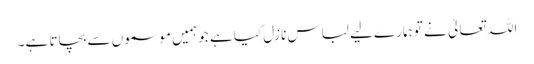
اللہ تعالیٰ نے تو ہمارے لیے لباس نازل کیا ہے جو ہمیں موسموں سے بچاتا ہے۔